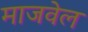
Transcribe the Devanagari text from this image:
माजवेल